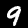
Digit: 9